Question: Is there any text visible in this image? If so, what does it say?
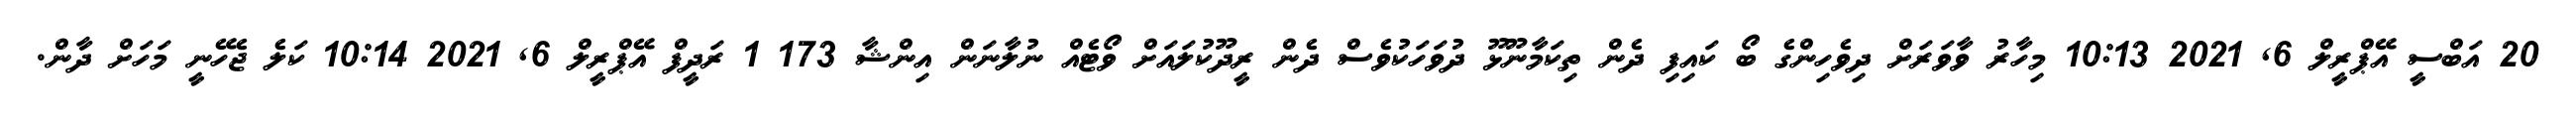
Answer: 20 އަބްސީ އޭޕްރީލް 6, 2021 10:13 މިހާރު ވާވަރަށް ދިވެހިންގެ ބޯ ކައިފި ދެން ތިކަމާނޫޅޫ ދުވަހަކުވެސް ދެން ރީދޫކުލައަށް ވޯޓެއް ނުލާނަން އިންޝާ 173 1 ރަދީފް އޭޕްރީލް 6, 2021 10:14 ކަލެ ޖެހޭނީ މަހަށް ދާން.